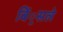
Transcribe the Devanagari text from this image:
बिं्रसले